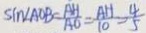
\sin \angle A O B = \frac { A H } { A O } = \frac { A H } { 1 0 } = \frac { 4 } { 5 }